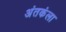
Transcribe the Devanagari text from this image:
अंतकंला